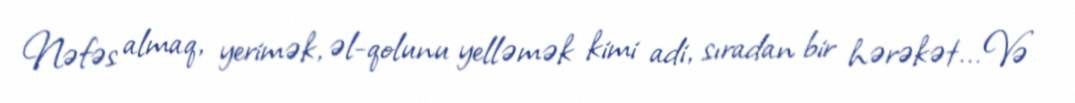
Nəfəs almaq, yerimək, əl-qolunu yelləmək kimi adi, sıradan bir hərəkət... Və